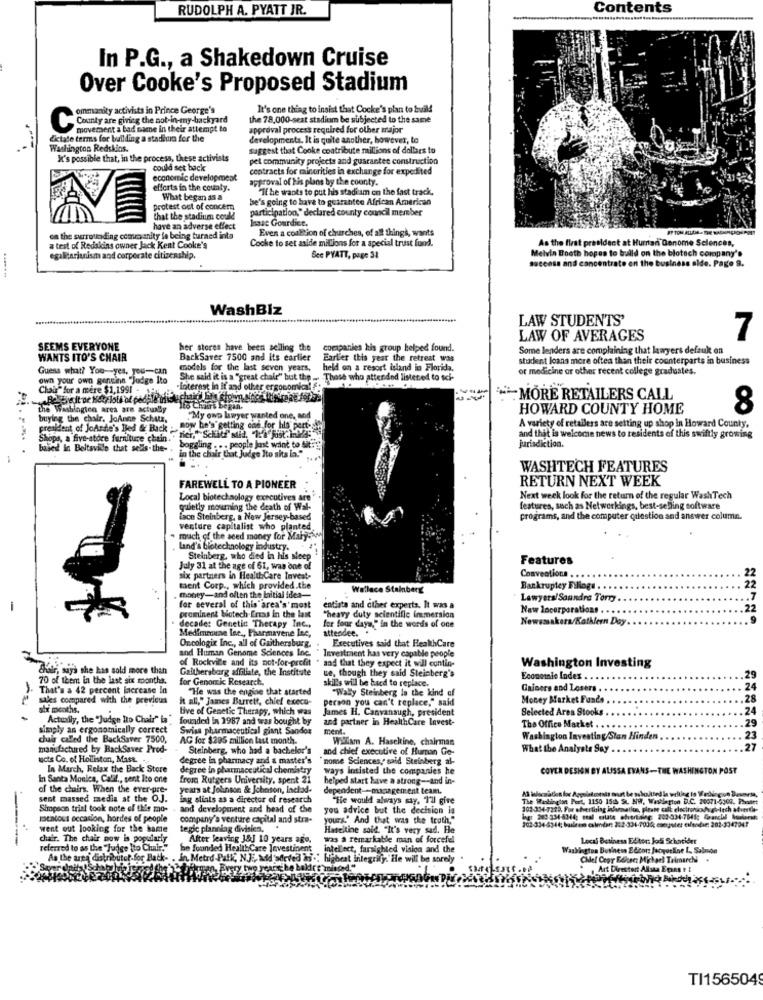
RUDOLPH A. PYATT JR.
Contents
In P.G ., a Shakedown Cruise
Over Cooke's Proposed Stadium
ommanity activists in Prince George's
It's one thing to insist that Cocke's plan to build
County are giving the not-in-my-backyard
the 78,000-seat stadium be subjected to the same
C
movement a bad name in their attempt to
approval process required for other major
dictate terms for building a stadium for the
developments. It is quite another, however, to
Washington Redskins.
suggest that Cooke contribute millions of dollars to
X's possible that, in the process, these activists
pel community projects and guarantee construction
could set back
contracts for minorities in exchange for expedited
economic development
approval of his plans by the county.
efforts in the county.
"If he wants to put his stadium on the fast track.
What began as a
he's going to have to guarantee African American
protest out of concern
participation," declared county council member
that the stadium could
1saat Gourdice.
have an adverse effect
Even a coalition of churches, of all things, wants
ca the surrounding comvanity lo being turned into
Cooke to set aside millions for a special trust fund.
As the first president at Hurrian Gonome Sciences,
a test of Redskins owner Jack Kent Cooke's
Melvin Booth hopes to build on the blotech company's
egalitarianism and corporate citizenship.
Sce PYATT, page 32
success and concentrate on the business alde. Pago 9.
WashBlz
LAW STUDENTS'
7
LAW OF AVERAGES
SEEMS EVERYONE
her stores have been selling the
companies his group helped found.
Some lenders are complaining that lawyers defauk on
WANTS ITO'S CHAIR
BackSaver 7500 and its earlier
Earlier this year the retreat was
student loans more often than their counterparts in business
Guess what? You-yes, you-can
models for the last seven years,
or medicine or other recent college graduates.
own your own gencinn "Judge Ito
She said it is a "great chair" but the ... . Those who attended listened to sci-
Those who attended listened to sci-
Chaus" for a mere $1,1991 - 1-4
-interest in If and other ergonomica!
*MORE RETAILERS CALL
the Washington area are actually
Les Chairs began.
HOWARD COUNTY HOME
8
buyleg the chair. JoAnne Schutz,
"My own lawyer wanted one, and
president of JoAnte's Bed & Back
now he's getting one for his port-h
A variety of retailers are setting up shop in Howard County,
Shops, a five-atore furniture chain."
and that is welcome news to residents of this swiftly growing
jurisdiction.
based in Beltsville that sells-the -.
boggling ... people just want to Sit"
in the chair buat Judge Ito sia la."
WASHTECH FEATURES
RETURN NEXT WEEK
FAREWELL TO A PIONEER
Local biotechnology executives are
Next week look for the return of the regular WashTech
guletly mourning the death of Wal-
features, such as Networkings, best-selling software
Lace Steinberg, a New Jersey-based
programs, and the computer question and answer column.
venture capitalist who planted
much of the aced money for Maly-
Land's biotechnology industry.
Features
July 31 at the age of 61, was one of
six partners in HealthCare Invest-
Conventions . .
ment Corp ., which provided.the
Wallace Steinberg
Bankruptey Filings .
money-and often the Initial idea-
Lawyers/Soundra Torr
-
for several of this area's'most
entista and other experts. It was a
Naw locorporations . ...
prominent biotech.Ertas in the last
"heavy duty scientific immersion
Newsmakers/Kathleen Day
decade: Genetic Therapy Inc ..
Medimmunse lee ., Pharmavene Inc,
for four days," in the words of one
attendee.
Oncologix Inc ., all of Gaithersburg.
Executives said that HealthCare
and Human Genome Sciences Inc.
of Rockville and its not-for-profit . sad that they expect it will contin-
" Investment has very capable people
chair, says she has sold more than
Gaithersborg affiliate, the Institute
ue, though they said Steinberg's
Washington Investing
70 of them in the last six months.
for Genomic Research.
skill's will be bed to replace.
Economie Index . .
2
- That's a 42 percent increase la
"He was the engine that started
"Wally Steinberg la the kind of
Gainers and Losers
24
sales compared with the previous
it all," James Barrett, chief execu-
person you can't replace," said
Money Market Funds
28
str months.
tive of Genetic Therapy, which was
James H. Canvanaugh, president
Selected Aras Stooks
24
Actually, the "Judge Ro Chair" ia"
founded In 1987 and tras bought by
and partner in HealthCare Invest-
simply an ergonomically correct
Swiss pharmaceutical giant Sandoz
ment.
The Office Market . .
29
chair called the BackSaver 7500,
AG for $295 million last month.
Willam A. Haseltine, chairman
Washington Investing Stan Hinden
23
manufactured by BackSaver Prod-
Steinberg, who had a bachelor's
and chief executive of Human Go-
What the Analysts Say
27
ucts Co. of Holliston, Mast.
degree in pharmacy and & master's
nome Sciences, said Steinberg al-
In March, Relax the Back Store
degree in pharmaceutical chemistry
ways Insisted the companies he
COVER DESIGN BY ALISSA EVANS-THE WASHINGTON POST
In Santa Monica, Callf ., sent Ito one
from Rutgers University, spent 21
helped start have a strong -- and in-
of the chairs. When the ever-pre-
years at Johnson & Johnson, Inchad-
dependent -- management team.
sent massed media at the OJ.
ing stints as a director of research
He would always say. I'll give
The Washington Port, 1150 15( SL NW, Wasthegion D.C. 20071-5300. Phaatt
Simpson trist took note of this mo-
and development and head of the
you advice but the decision is
102-334-7229. For ohvertising information, please call electronich gelech atiesth-
mentoss occasion, hordes of people
company's venture capital and stra-
yours.' And that was the truth,"
Ing: 202-334-63-44; meal calate ofvertinne: 202-034-7641; Granché hookersk
202-334-6344; buleem cslmdar: 242-334-1034; computer eilandse: 202-3047347
went out looking for the kamte
tegie planning divisien.
Haseltine sold. "It's very sad. He
chair. The chair now is popularly
After leaving J&J 10 years ago.
was a remarkable man of forcefiel
Local Business Edhor: Josi Schontider
he founded HealthCare Jevestinent
intellect, farsighted vision and the
Washington Business Editor: Jacqueline I. Salmon
. In Metro-Palk, N.J ., add 'sdeved &j .: highest integrily. He will be sorely
Chief Copy Edhec: Michael Trimarchi
, Art Dieestort Allsta Epans t &
TI156504